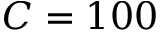
C = 1 0 0